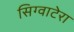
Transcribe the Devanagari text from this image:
सिग्वाटेरा